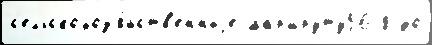
с'ельскохоз'я́йств'енныjе маршруту56 8 до